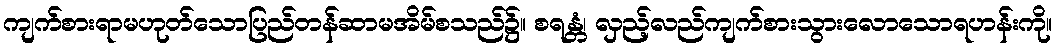
ကျက်စားရာမဟုတ်သောပြည်တန်ဆာမအိမ်စသည်၌။ စရန္တံ၊ လှည့်လည်ကျက်စားသွားလောသောရဟန်းကို။